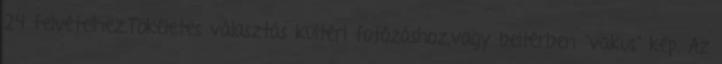
24 felvételhez.Tökéletes választás kültéri fotózáshoz,vagy beltérben "vakus" kép. Az